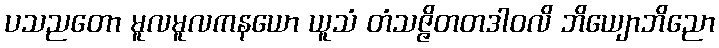
ပသညတော မူလမူလကနယော ယူသံ တံသဇ္ဇိတတဒါဝလိ ဘိယျောဘိညော